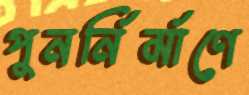
পুনর্নির্মাণে